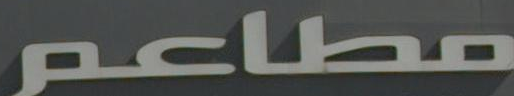
مطاعم